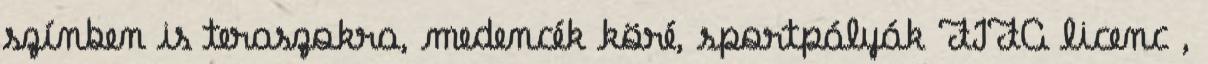
színben is teraszokra, medencék köré, sportpályák FIFA licenc ,